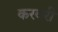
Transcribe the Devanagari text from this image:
करवरी